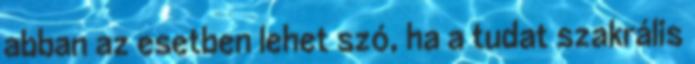
abban az esetben lehet szó, ha a tudat szakrális